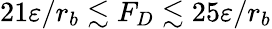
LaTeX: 21\varepsilon/r_{b}\lesssim F_{D}\lesssim 25\varepsilon/r_{b}